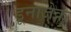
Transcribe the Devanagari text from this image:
डूनाजेक